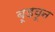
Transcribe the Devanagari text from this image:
बूडवून